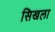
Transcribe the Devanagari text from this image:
सिखला